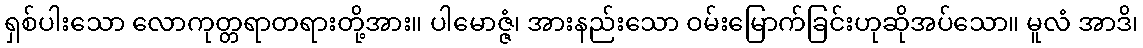
ရှစ်ပါးသော လောကုတ္တရာတရားတို့အား။ ပါမောဇ္ဇံ၊ အားနည်းသော ဝမ်းမြောက်ခြင်းဟုဆိုအပ်သော။ မူလံ အာဒိ၊